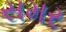
સમર